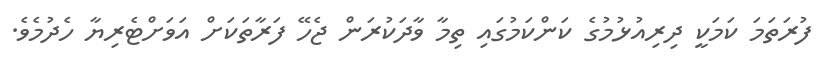
ފުރަތަމަ ކަމަކީ ދިރިއުޅުމުގެ ކަންކަމުގައި ތިމާ ވާދަކުރަން ޖެހޭ ފަރާތަކަށް އަވަށްޓެރިޔާ ހެދުމެވެ.